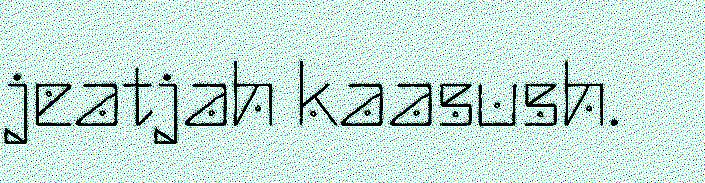
jeatjah kaasush.